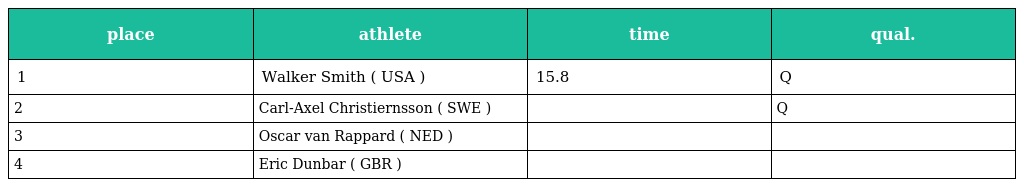
| place | athlete | time | qual. |
 | --- | --- | --- | --- |
 | 1 | Walker Smith ( USA ) | 15.8 | Q |
 | 2 | Carl-Axel Christiernsson ( SWE ) |  | Q |
 | 3 | Oscar van Rappard ( NED ) |  |  |
 | 4 | Eric Dunbar ( GBR ) |  |  |